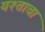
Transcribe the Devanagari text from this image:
यश्ताचा